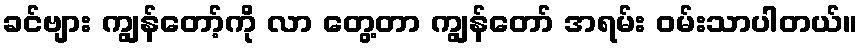
ခင်ဗျား ကျွန်တော့်ကို လာ တွေ့တာ ကျွန်တော် အရမ်း ဝမ်းသာပါတယ်။